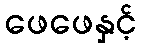
ဖေဖေနှင့်